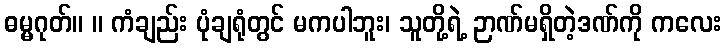
ဓမ္မဂုတ်။ ။ ကံချည်း ပုံချရုံတွင် မကပါဘူး၊ သူတို့ရဲ့ ဉာဏ်မရှိတဲ့ဒဏ်ကို ကလေး